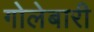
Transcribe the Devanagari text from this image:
गोलेबारी